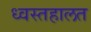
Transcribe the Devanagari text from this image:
ध्वस्तहालत